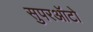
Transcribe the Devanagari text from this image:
सुपरऑटो